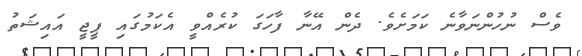
ވެސް ނުހުންނަވާނެ ކަމަށެވެ. ދެން އޭނާ ފާހަގަ ކުރެއްވީ އެކަމުގައި ޕީޖީ އައިޝަތު